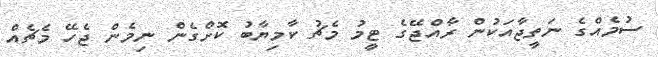
ސުމެއްގެ ނަތީޖާއަކުން ރާއްޖޭގެ ޓީމު މެޗު ކާމިޔާބު ކޮށްގެން ނިމެން ޖެހޭ މެޗެއް